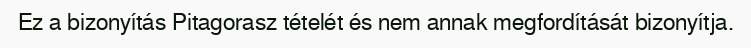
Ez a bizonyítás Pitagorasz tételét és nem annak megfordítását bizonyítja.